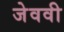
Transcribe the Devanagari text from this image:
जेववी